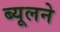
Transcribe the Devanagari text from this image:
ब्यूलने